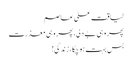
لیاقت علی عاصم
پھر وہی بے دلی، پھر وہی معذرت
بس بہت ہو چکا، زندگی!